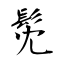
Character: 髧